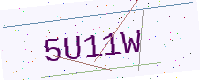
Text: 5U11W